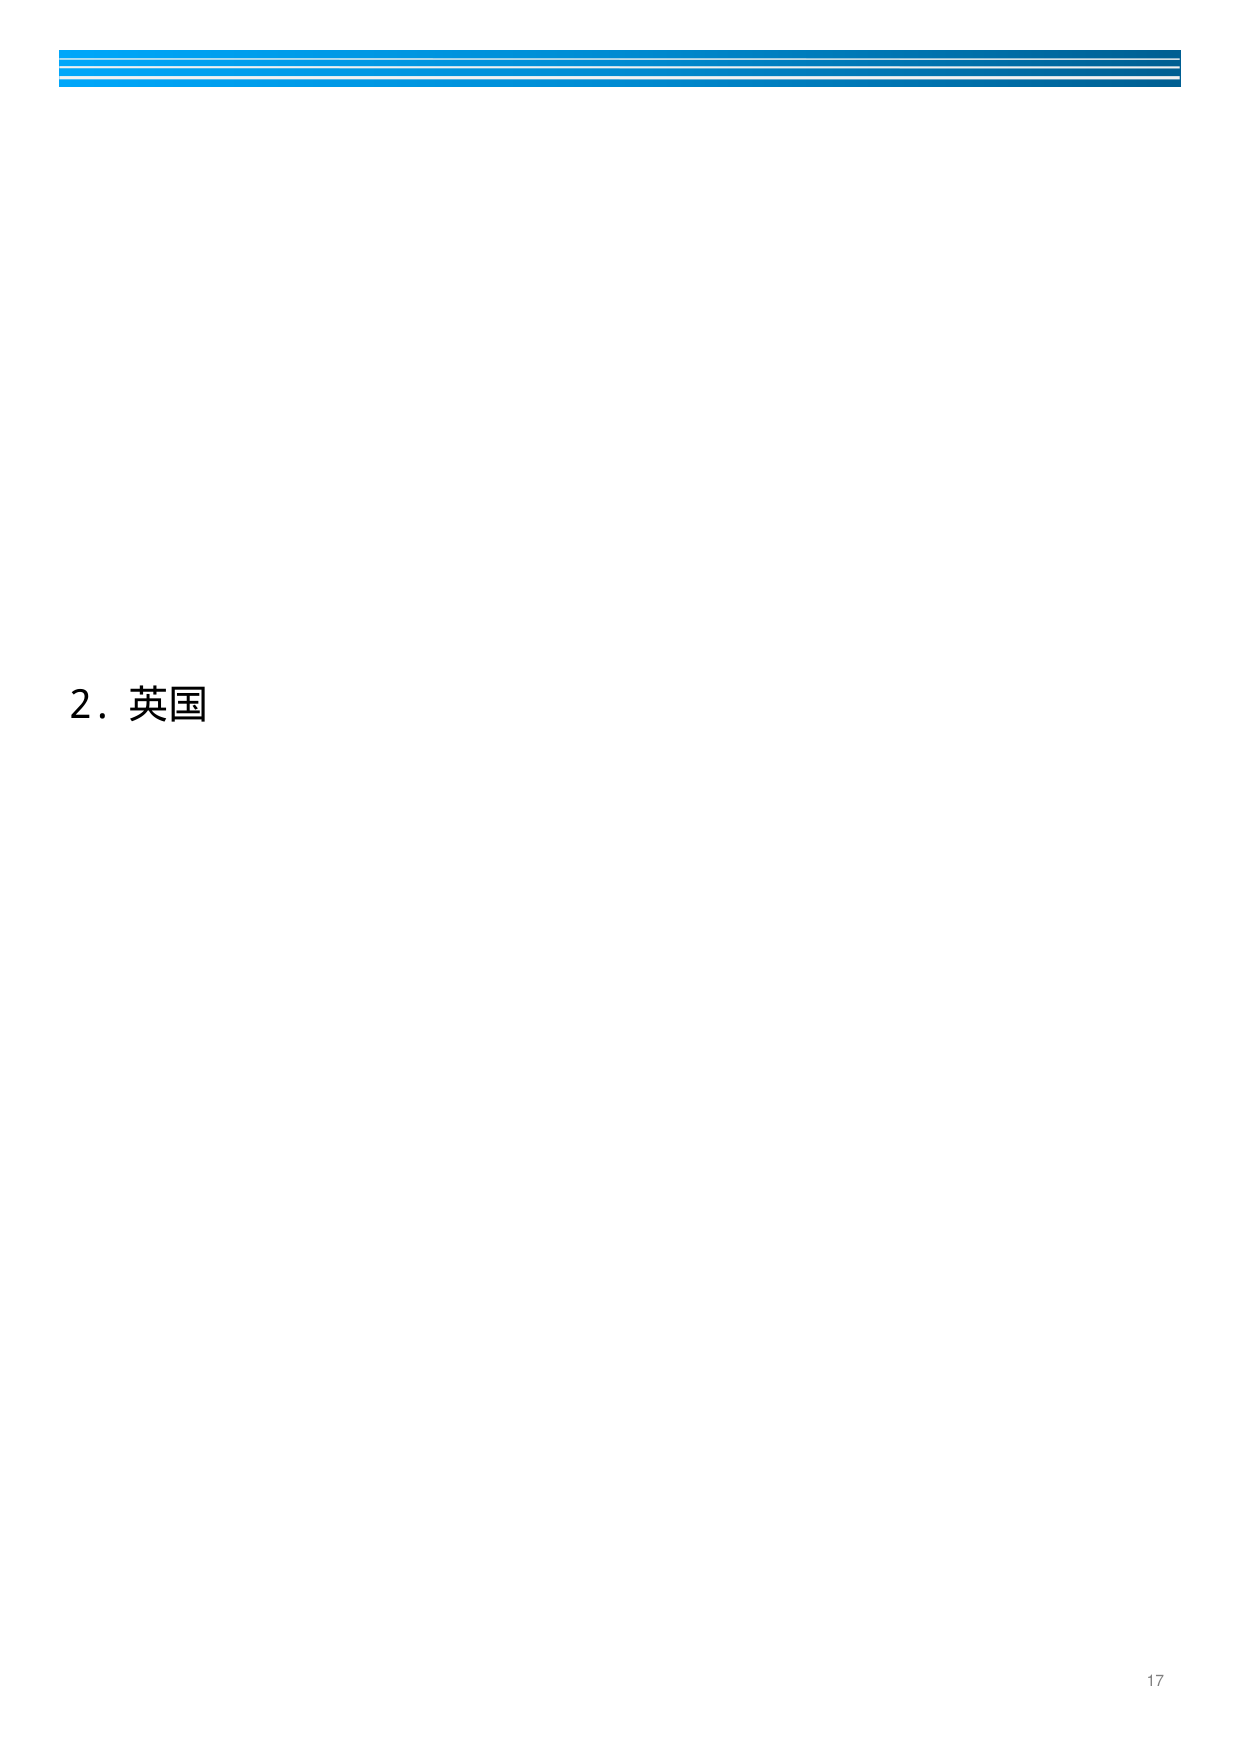
2. 英国
17